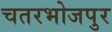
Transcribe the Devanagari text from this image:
चतरभोजपुर